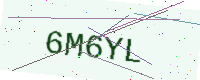
Text: 6M6YL